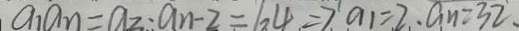
a _ { 1 } a _ { n } = a _ { 2 } \cdot a _ { n } - 2 = 6 4 = 7 ^ { 1 } a _ { 1 } = 2 , a _ { n } = 3 2 .